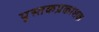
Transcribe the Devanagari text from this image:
पुस्तकप्रकाशक